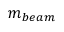
m _ { b e a m }